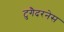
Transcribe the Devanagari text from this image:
टुगैदरनेस